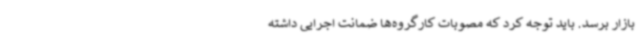
بازار برسد. باید توجه کرد که مصوبات کارگروه‌ها ضمانت اجرایی داشته